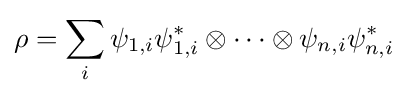
\rho =\sum _{i}\psi _{1,i}\psi _{1,i}^{*}\otimes \cdots \otimes \psi _{n,i}\psi _{n,i}^{*}